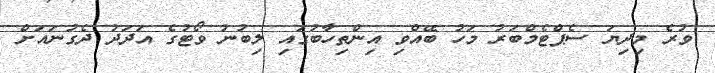
ވުރެ މިދިޔަ ސެޕްޓެމްބަރު މަހު ބޭއްވި އިންތިހާބުގައި ލިބުނު ވޯޓުގެ އަދަދު ދެގުނައަށް